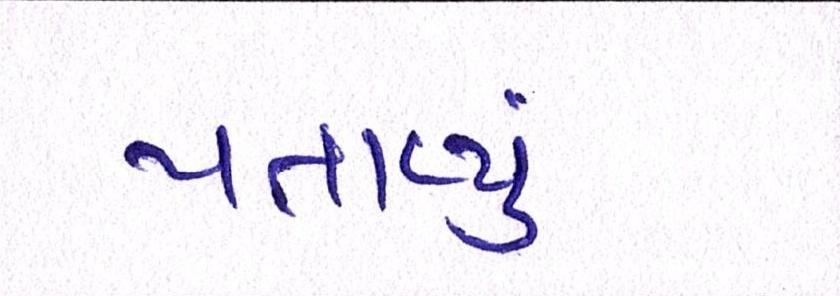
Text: પતાવ્યું